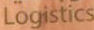
Logistics